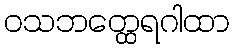
ဝသဘတ္ထေရဂါထာ